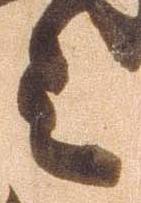
之